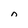
Character: n